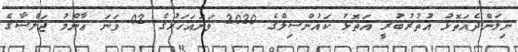
ނިލަންދެއަތޮޅު އުތުރުބުރީ އަތޮޅު ކައުންސިލްގެ 2020 ވަނައަހަރުގެ 02 ވަނަ ޢާންމު ޖަލްސާގެ